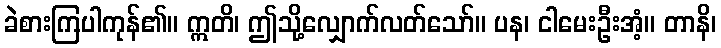
ခဲစားကြပါကုန်၏။ ဣတိ၊ ဤသို့လျှောက်လတ်သော်။ ပန၊ ငါမေးဦးအံ့။ တာနိ၊